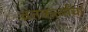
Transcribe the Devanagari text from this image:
व्रतकर्त्यांचा